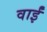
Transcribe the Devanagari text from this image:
वाईं